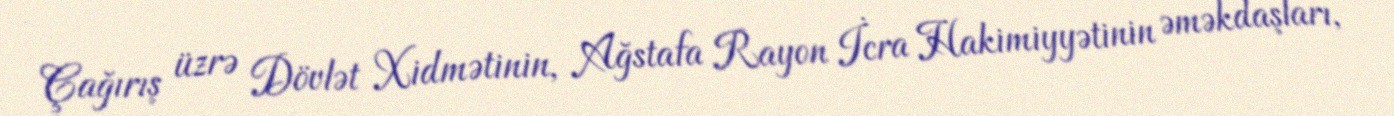
Çağırış üzrə Dövlət Xidmətinin, Ağstafa Rayon İcra Hakimiyyətinin əməkdaşları,